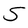
Character: S